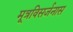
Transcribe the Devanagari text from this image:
मूत्रविसर्जनास